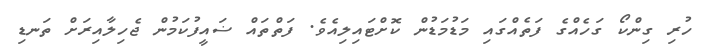
ހުރި ގިންކޯ ގަހެއްގެ ފަތެއްގައި މަޑުމަޑުން ކޮށްޓައިލިއެވެ. ފަތްތައް ޟައީފުކަމުން ޖެހިލާއިރަށް ތަނޑި